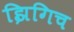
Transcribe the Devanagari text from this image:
झिगिच